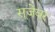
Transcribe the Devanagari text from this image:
सूजेवर